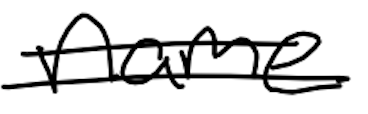
Text: name
Cross-out: mix
Writing tool: digital_black